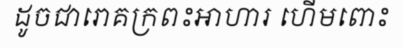
ដូចជារោគក្រពះអាហារ ហើមពោះ